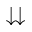
\downdownarrows